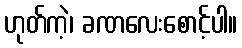
ဟုတ်ကဲ့၊ ခဏလေးစောင့်ပါ။